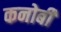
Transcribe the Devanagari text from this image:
कनोबी